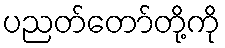
ပညတ်တော်တို့ကို